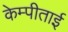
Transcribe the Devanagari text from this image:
केम्पीताई